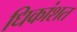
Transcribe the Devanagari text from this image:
धिकांशत